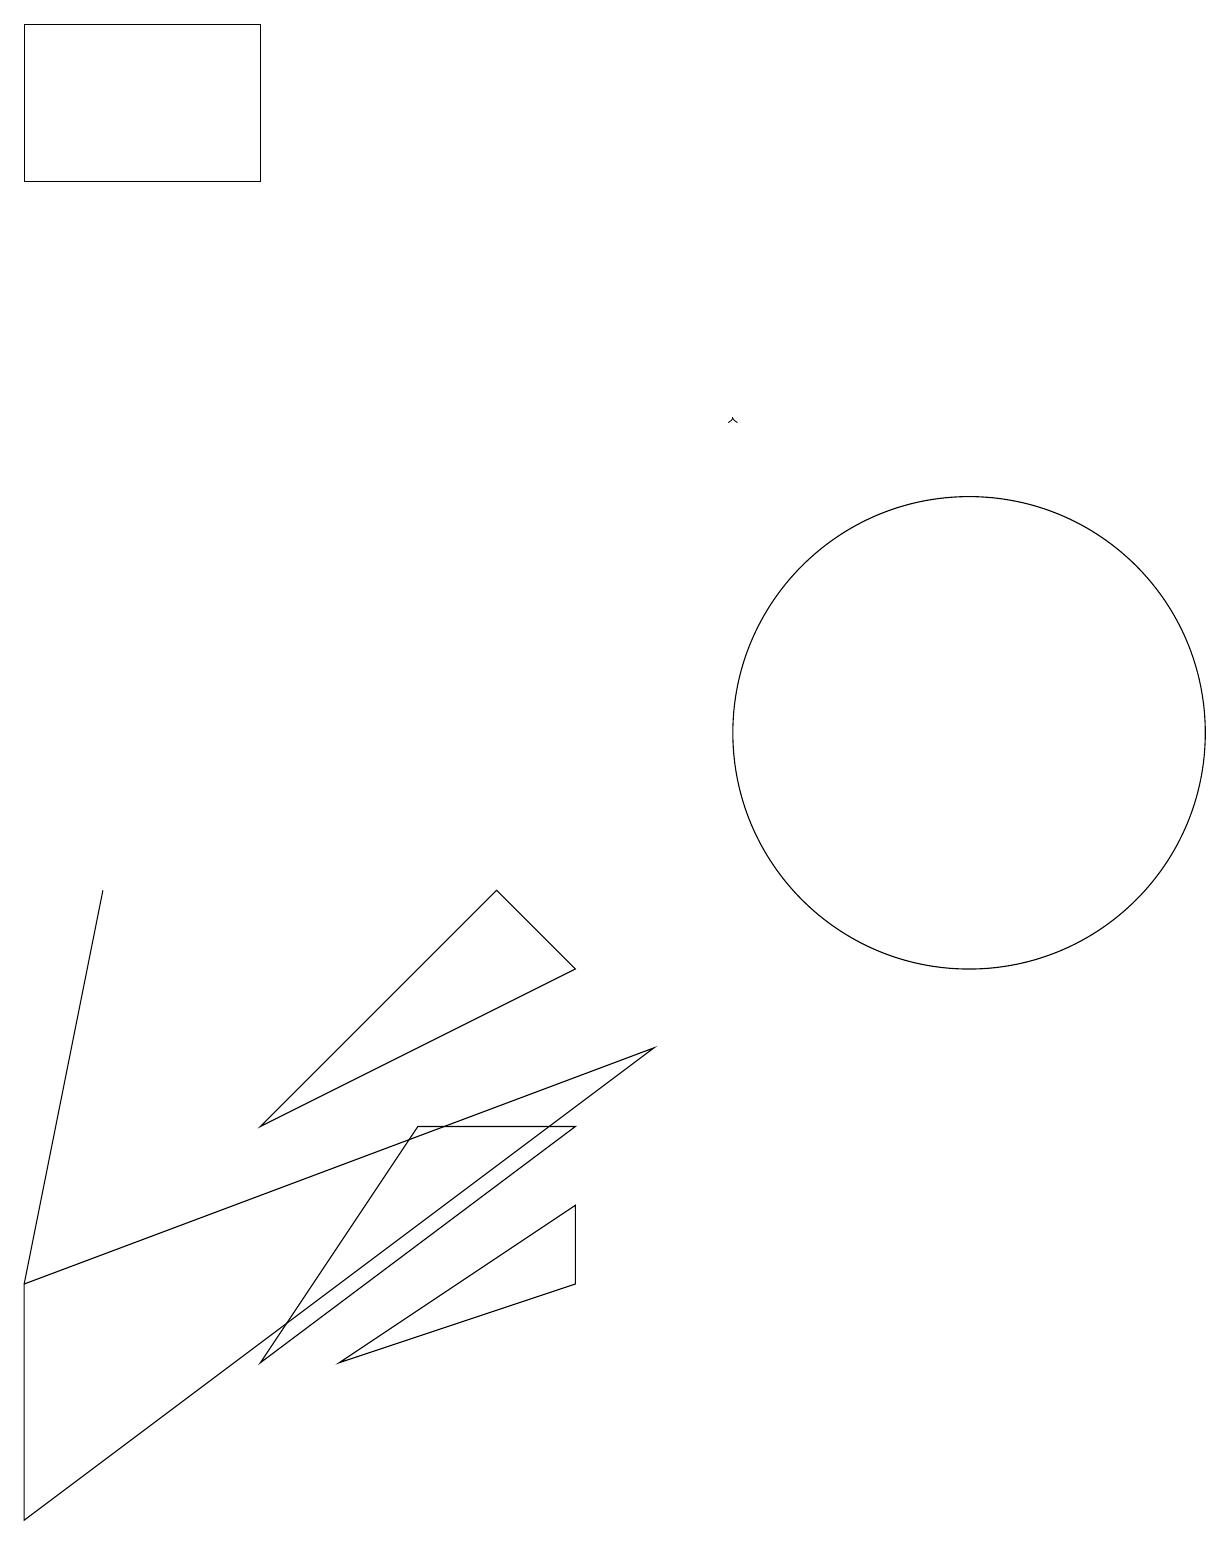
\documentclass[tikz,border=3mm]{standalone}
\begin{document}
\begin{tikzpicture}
\draw (7,4) -- (4,2) -- (7,3) -- cycle;
\draw (12,10) circle (3);
\draw (0,0) -- (8,6) -- (0,3) -- cycle;
\draw (3,17) rectangle (0,19);
\draw (7,7) -- (6,8) -- (3,5) -- cycle;
\draw (1,8) -- (1,8) -- (0,3) -- cycle;
\draw[->] (9,14) -- (9,14);
\draw (3,2) -- (7,5) -- (5,5) -- cycle;
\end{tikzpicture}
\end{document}